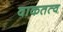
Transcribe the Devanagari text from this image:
वाकतत्व